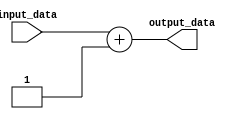
module generate_function #(parameter INPUT_PARAM = 0) (
    // Input and output ports
    input wire [7:0] input_data,
    output reg [7:0] output_data
);

// Behavioral modeling block for Generate Function
always @* begin
    if (INPUT_PARAM == 0) begin
        // Generate code based on specific condition
        output_data = input_data + 1;
    end else begin
        // Generate code based on another specific condition
        output_data = input_data - 1;
    end
end

endmodule